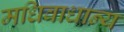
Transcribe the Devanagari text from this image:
मधिवाधान्य